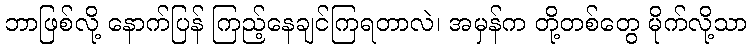
ဘာဖြစ်လို့ နောက်ပြန် ကြည့်နေချင်ကြရတာလဲ၊ အမှန်က တို့တစ်တွေ မိုက်လို့သာ